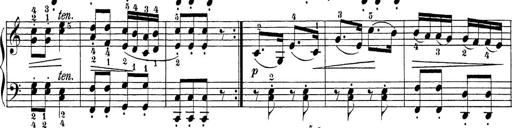
Title: Sonatina Album
Composer: Louis KÃ¶hler